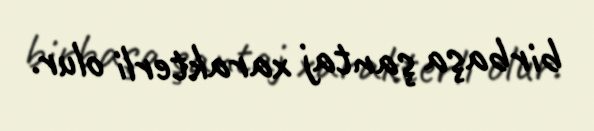
birbaşa şantaj xarakterli olur.